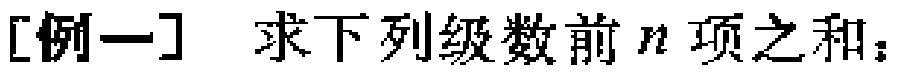
[例一] 求下列级数前 \(n\) 项之和：